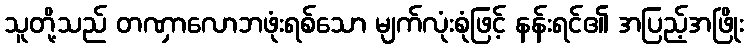
သူတို့သည် တဏှာလောဘဖုံးရစ်သော မျက်လုံးစုံဖြင့် နန်းရင်၏ အပြည့်အဖြိုး